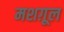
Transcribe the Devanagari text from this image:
मशग़ूल